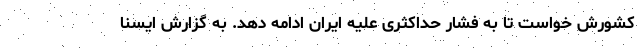
کشورش خواست تا به فشار حداکثری علیه ایران ادامه دهد. به گزارش ایسنا